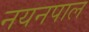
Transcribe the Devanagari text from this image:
नयनपाल